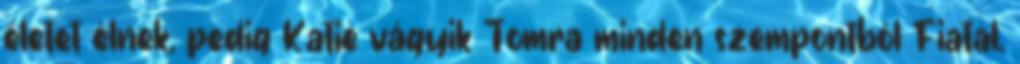
életet élnek, pedig Katie vágyik Tomra minden szempontból Fiatal,